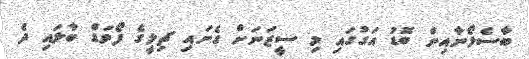
ބާސެލޯނާއިން ބޮޑު އަގުގައި މި ސީޒަނަށް ގެނައި ޗިލީގެ ފޯވަޑް ބާލައި ދެ